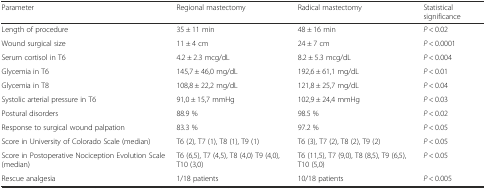
| Parameter | Regional mastectomy | Radical mastectomy | Statistical significance |
 | --- | --- | --- | --- |
 | Length of procedure | 35 ± 11 min | 48 ± 16 min | P < 0.02 |
 | Wound surgical size | 11 ± 4 cm | 24 ± 7 cm | P < 0.0001 |
 | Serum cortisol in T6 | 4.2 ± 2.3 mcg/dL | 8.2 ± 5.3 mcg/dL | P < 0.004 |
 | Glycemia in T6 | 145,7 ± 46,0 mg/dL | 192,6 ± 61,1 mg/dL | P < 0.01 |
 | Glycemia in T8 | 108,8 ± 22,2 mg/dL | 121,8 ± 25,7 mg/dL | P < 0.04 |
 | Systolic arterial pressure in T6 | 91,0 ± 15,7 mmHg | 102,9 ± 24,4 mmHg | P < 0.03 |
 | Postural disorders | 88.9 % | 98.5 % | P < 0.02 |
 | Response to surgical wound palpation | 83.3 % | 97.2 % | P < 0.05 |
 | Score in University of Colorado Scale (median) | T6 (2), T7 (1), T8 (1), T9 (1) | T6 (3), T7 (2), T8 (2), T9 (2) | P < 0.05 |
 | Score in Postoperative Nociception Evolution Scale (median) | T6 (6,5), T7 (4,5), T8 (4,0) T9 (4,0), T10 (3,0) | T6 (11,5), T7 (9,0), T8 (8,5), T9 (6,5), T10 (5,0) | P < 0.05 |
 | Rescue analgesia | 1/18 patients | 10/18 patients | P < 0.005 |